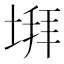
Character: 𡍹